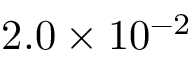
2 . 0 \times 1 0 ^ { - 2 }